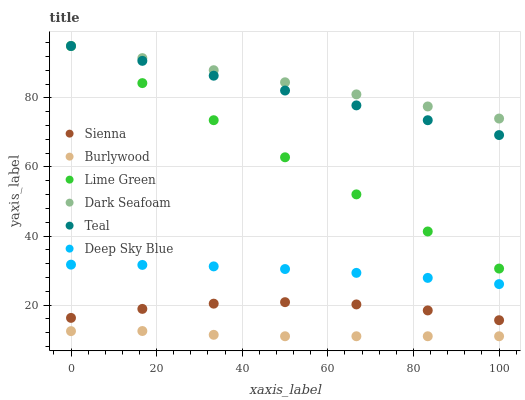
| xaxis_label | Sienna | Burlywood | Lime Green | Dark Seafoam | Teal | Deep Sky Blue |
 | --- | --- | --- | --- | --- | --- | --- |
 | 0 | 16.3 | 12.5 | 95 | 95 | 95 | 31.7 |
 | 16.7 | 18.9 | 12.5 | 84.3 | 91.5 | 90.7 | 31.6 |
 | 33.3 | 20.4 | 11.4 | 73.5 | 88 | 86.4 | 31.2 |
 | 50 | 20.9 | 11 | 62.8 | 84.5 | 82.1 | 30.5 |
 | 66.7 | 20.2 | 11 | 52.1 | 81 | 77.8 | 29.3 |
 | 83.3 | 18.5 | 11 | 41.3 | 77.5 | 73.5 | 27.9 |
 | 100 | 15.6 | 11 | 30.6 | 74 | 69.2 | 26.1 |